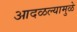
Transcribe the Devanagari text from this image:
आदळल्यामुळे